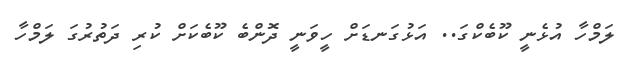
ލަމްހާ އުޅެނީ ކޫބެކްގަ.. އަޅުގަނޑަށް ހީވަނީ ދޮންބެ ކޫބެކަށް ކުރި ދަތުރުގަ ލަމްހާ